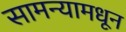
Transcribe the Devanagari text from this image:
सामन्यामधून